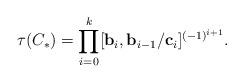
LaTeX: \begin{align*}\tau(C_*)=\prod_{i=0}^k[\textbf{b}_i, \textbf{b}_{i-1} /\textbf{c}_i]^{(-1)^{i+1}}.\end{align*}